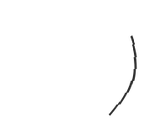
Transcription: Іван Іванович Іскра)